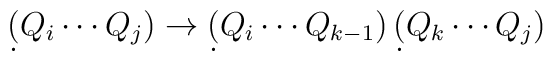
\d(Q_i \cdots Q_j) \to \d(Q_i \cdots Q_{k-1})\,\d(Q_k \cdots Q_j)